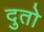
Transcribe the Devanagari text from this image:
दुतो